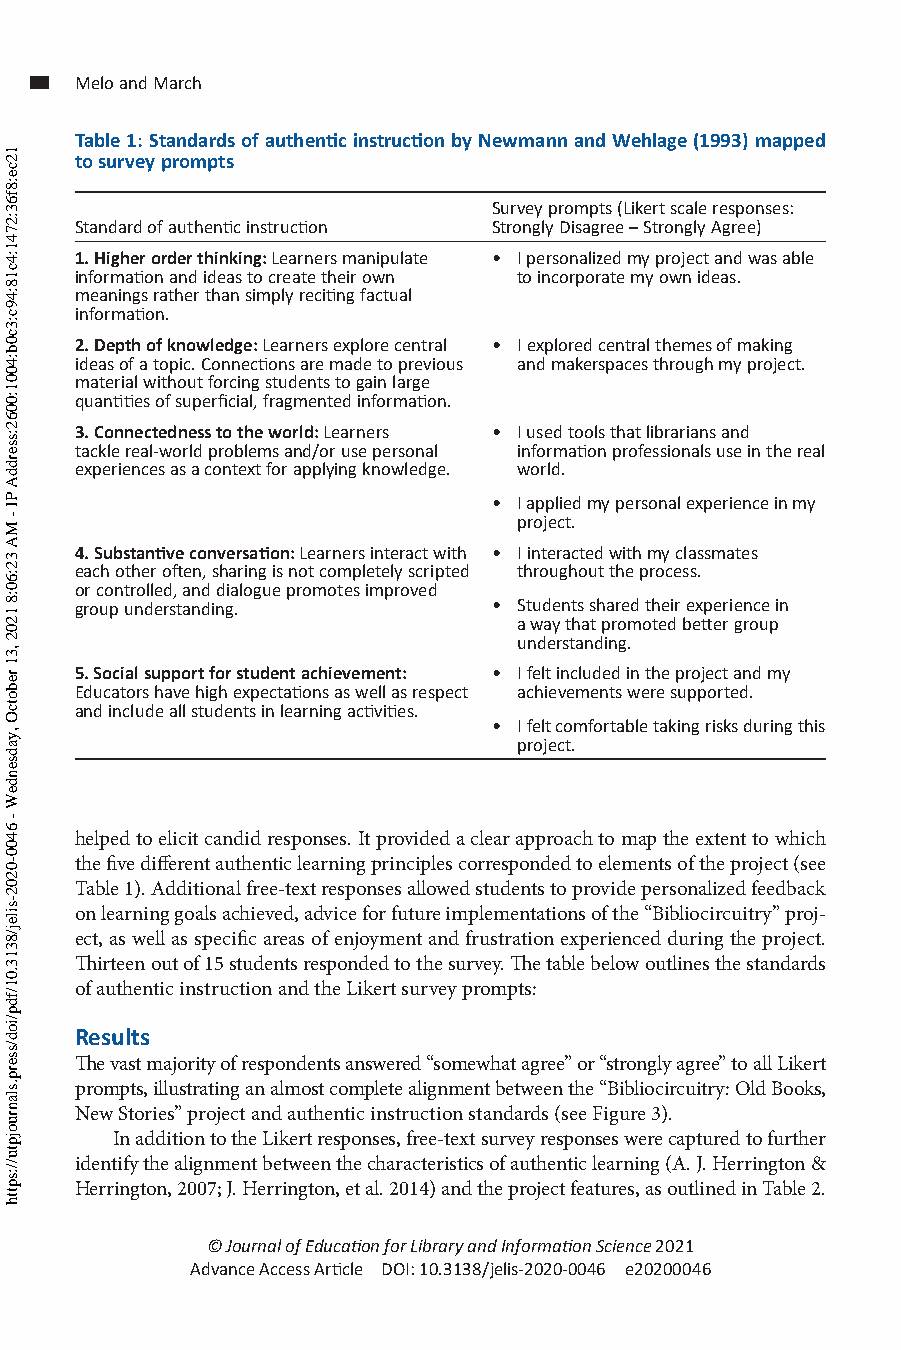
Melo and March
 Table 1: Standards of authentic instruction by Newmann and Wehlage (1993) mapped
 to survey prompts
 Survey prompts (Likert scale responses:
 Standard of authentic instruction Strongly Disagree – Strongly Agree)
 1. Higher order thinking: Learners manipulate • I personalized my project and was able
 information and ideas to create their own to incorporate my own ideas.
 meanings rather than simply reciting factual
 information.
 2. Depth of knowledge: Learners explore central • I explored central themes of making
 ideas of a topic. Connections are made to previous and makerspaces through my project.
 material without forcing students to gain large
 quantities of superficial, fragmented information.
 3. Connectedness to the world: Learners • I used tools that librarians and
 tackle real-world problems and/or use personal information professionals use in the real
 experiences as a context for applying knowledge. world.
 • I applied my personal experience in my
 project.
 4. Substantive conversation: Learners interact with • I interacted with my classmates
 each other often, sharing is not completely scripted throughout the process.
 or controlled, and dialogue promotes improved
 group understanding.        • Students shared their experience in
 a way that promoted better group
 understanding.
 5. Social support for student achievement: • I felt included in the project and my
 Educators have high expectations as well as respect achievements were supported.
 and include all students in learning activities.
 • I felt comfortable taking risks during this
 project.
 helped to elicit candid responses. It provided a clear approach to map the extent to which
 the five different authentic learning principles corresponded to elements of the project (see
 Table 1). Additional free-text responses allowed students to provide personalized feedback
 on learning goals achieved, advice for future implementations of the “Bibliocircuitry” proj-
 ect, as well as specific areas of enjoyment and frustration experienced during the project.
 Thirteen out of 15 students responded to the survey. The table below outlines the standards
 of authentic instruction and the Likert survey prompts:
 Results
 The vast majority of respondents answered “somewhat agree” or “strongly agree” to all Likert
 prompts, illustrating an almost complete alignment between the “Bibliocircuitry: Old Books,
 New Stories” project and authentic instruction standards (see Figure 3).
 In addition to the Likert responses, free-text survey responses were captured to further
 identify the alignment between the characteristics of authentic learning (A. J. Herrington &
 Herrington, 2007; J. Herrington, et al. 2014) and the project features, as outlined in Table 2.
 © Journal of Education for Library and Information Science 2021
 Advance Access Article DOI: 10.3138/jelis-2020-0046 e20200046
 12ce:8f63:2741:4c18:49c:3c0b:4001:0062:sserddA
 PI
 - MA
 32:60:8
 1202
 ,31
 rebotcO
 ,yadsendeW
 -
 6400-0202-silej/8313.01/fdp/iod/sserp.slanruojptu//:sptth